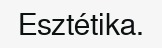
Esztétika.